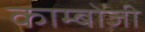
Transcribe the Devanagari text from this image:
काम्बोजी